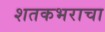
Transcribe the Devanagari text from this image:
शतकभराचा